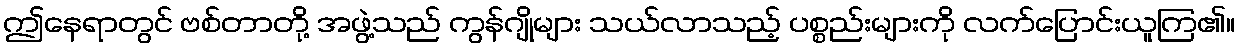
ဤနေရာတွင် ဗစ်တာတို့ အဖွဲ့သည် ကွန်ဂျိုများ သယ်လာသည့် ပစ္စည်းများကို လက်ပြောင်းယူကြ၏။